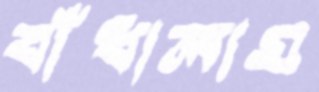
বাঁধালাম